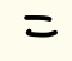
=